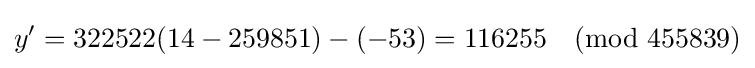
y'=322522(14-259851)-(-53)=116255{\pmod {455839}}